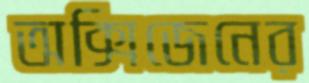
অক্সিজেনের